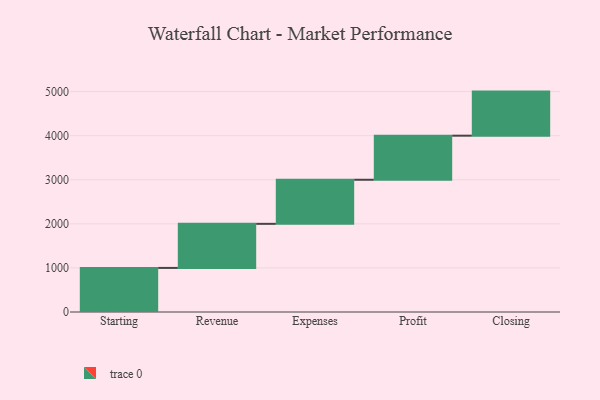
{"axis": {"x": "Step", "y": "Value"}, "legend": [""], "data": [{"x": "Starting", "y": 1000, "type": ""}, {"x": "Revenue", "y": 1000, "type": ""}, {"x": "Expenses", "y": 1000, "type": ""}, {"x": "Profit", "y": 1000, "type": ""}, {"x": "Closing", "y": 1000, "type": ""}]}